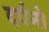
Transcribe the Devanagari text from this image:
दर्पनो